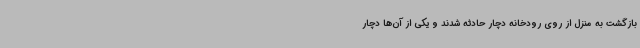
بازگشت به منزل از روی رودخانه دچار حادثه شدند و یکی از آن‌ها دچار